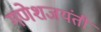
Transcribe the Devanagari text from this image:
गणेशजयंती